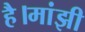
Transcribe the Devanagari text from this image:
है।मांझी